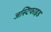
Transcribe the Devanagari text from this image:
जस्टिफाइड